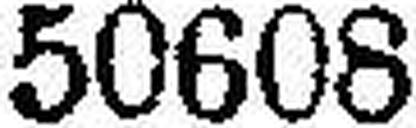
50608